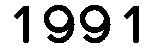
1991